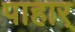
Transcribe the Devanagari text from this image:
पाहार्